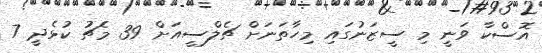
އޮސްކާ ވަނީ މި ސީޒަނުގައި މިހާތަނަށް ޗެލްސީއަށް 39 މެޗު ކުޅެދީ 7